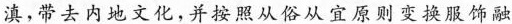
滇，带去内地文化，并按照从俗从宜原则变换服饰融